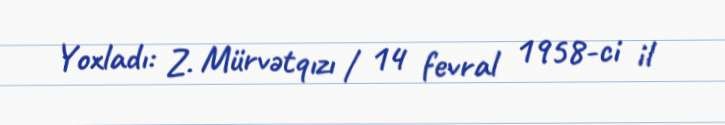
Yoxladı: Z. Mürvətqızı / 14 fevral 1958-ci il